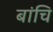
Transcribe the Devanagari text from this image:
बांचि